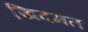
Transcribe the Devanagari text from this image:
खि़दमत